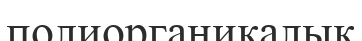
полиорганикалық